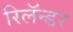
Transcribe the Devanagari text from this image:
रिलॅन्डर